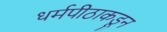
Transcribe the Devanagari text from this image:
धर्मपीठाकडून